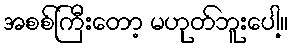
အစစ်ကြီးတော့ မဟုတ်ဘူးပေါ့။